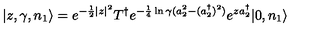
| z , \gamma , n _ { 1 } \rangle = e ^ { - \frac { 1 } { 2 } | z | ^ { 2 } } T ^ { \dagger } e ^ { - \frac { 1 } { 4 } \ln \gamma ( a _ { 2 } ^ { 2 } - ( a _ { 2 } ^ { \dagger } ) ^ { 2 } ) } e ^ { z a _ { 2 } ^ { \dagger } } | 0 , n _ { 1 } \rangle